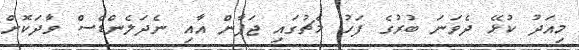
މިއަދު ކުޅޭ ދެވަނަ ބުރުގެ ފަހު މެޗުގައި ޖަޕާން އާއި ނެދަލެންޑްސް ވާދަކޮށް